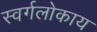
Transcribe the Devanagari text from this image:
स्वर्गलोकाय